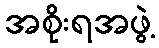
အစိုးရအဖွဲ့